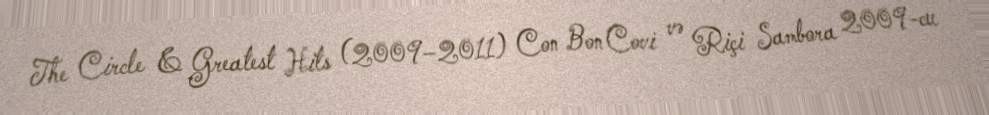
The Circle & Greatest Hits (2009–2011) Con Bon Covi və Riçi Sambora 2009-cu